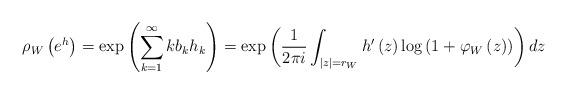
LaTeX: \begin{align*}\rho_{W}\left( e^{h}\right) =\exp\left(\sum_{k=1}^{\infty}kb_{k}h_{k}\right) =\exp\left( \dfrac{1}{2\pi i}\int_{\left\vert z\right\vert =r_{W}}h^{\prime}\left( z\right) \log\left(1+\varphi_{W}\left( z\right) \right) \right) dz \end{align*}